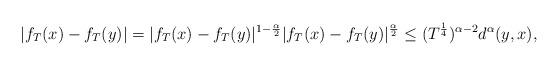
LaTeX: \begin{align*} |f_T(x)-f_T(y)|=|f_T(x)-f_T(y)|^{1-\frac{\alpha}{2}}|f_T(x)-f_T(y)|^{\frac{\alpha}{2}}\le (T^{\frac{1}{4}})^{\alpha - 2} d^\alpha(y,x),\end{align*}